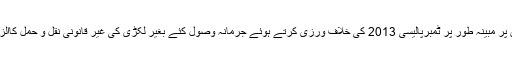
ملزمان پر مبینہ طور پر ٹمبرپالیسی 2013 کی خلاف ورزی کرتے ہوئے جرمانہ وصول کئے بغیر لکڑی کی غیر قانونی نقل و حمل کاالزام ہے۔